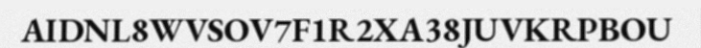
AIDNL8WVSOV7F1R2XA38JUVKRPBOU